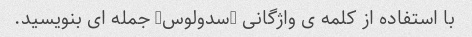
با استفاده از کلمه ی واژگانی "سدولوس" جمله ای بنویسید.